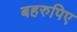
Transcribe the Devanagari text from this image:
बहरुपिए